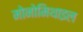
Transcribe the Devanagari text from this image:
मोनोमिथाइल